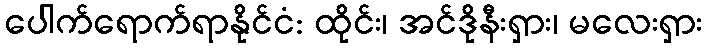
ပေါက်ရောက်ရာနိုင်ငံ: ထိုင်း၊ အင်ဒိုနီးရှား၊ မလေးရှား